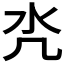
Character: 𣱻